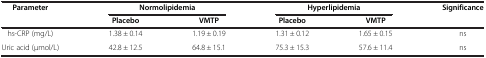
<table><thead><tr><td rowspan="2"><b>Parameter</b></td><td colspan="2"><b>Normolipidemia</b></td><td colspan="2"><b>Hyperlipidemia</b></td><td rowspan="2"><b>Significance</b></td></tr><tr><td><b>Placebo</b></td><td><b>VMTP</b></td><td><b>Placebo</b></td><td><b>VMTP</b></td></tr></thead><tbody><tr><td>hs-CRP (mg/L)</td><td>1.38 ± 0.14</td><td>1.19 ± 0.19</td><td>1.31 ± 0.12</td><td>1.65 ± 0.15</td><td>ns</td></tr><tr><td>Uric acid (μmol/L)</td><td>42.8 ± 12.5</td><td>64.8 ± 15.1</td><td>75.3 ± 15.3</td><td>57.6 ± 11.4</td><td>ns</td></tr></tbody></table>